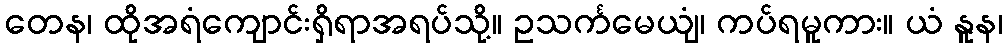
တေန၊ ထိုအရံကျောင်းရှိရာအရပ်သို့။ ဥသင်္ကမေယျံ၊ ကပ်ရမူကား။ ယံ နူန၊